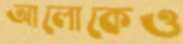
আলোকেও